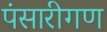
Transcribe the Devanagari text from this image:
पंसारीगण